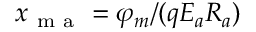
x _ { \mathrm { ~ m ~ a ~ } } = \varphi _ { m } / ( q E _ { a } R _ { a } )